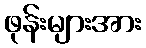
ဖုန်းများအား